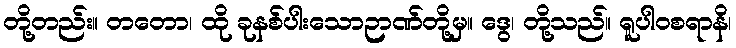
တို့တည်း။ တတော၊ ထို ခုနစ်ပါးသောဉာဏ်တို့မှ။ ဒွေ၊ တို့သည်။ ရူပါဝစရာနိ၊